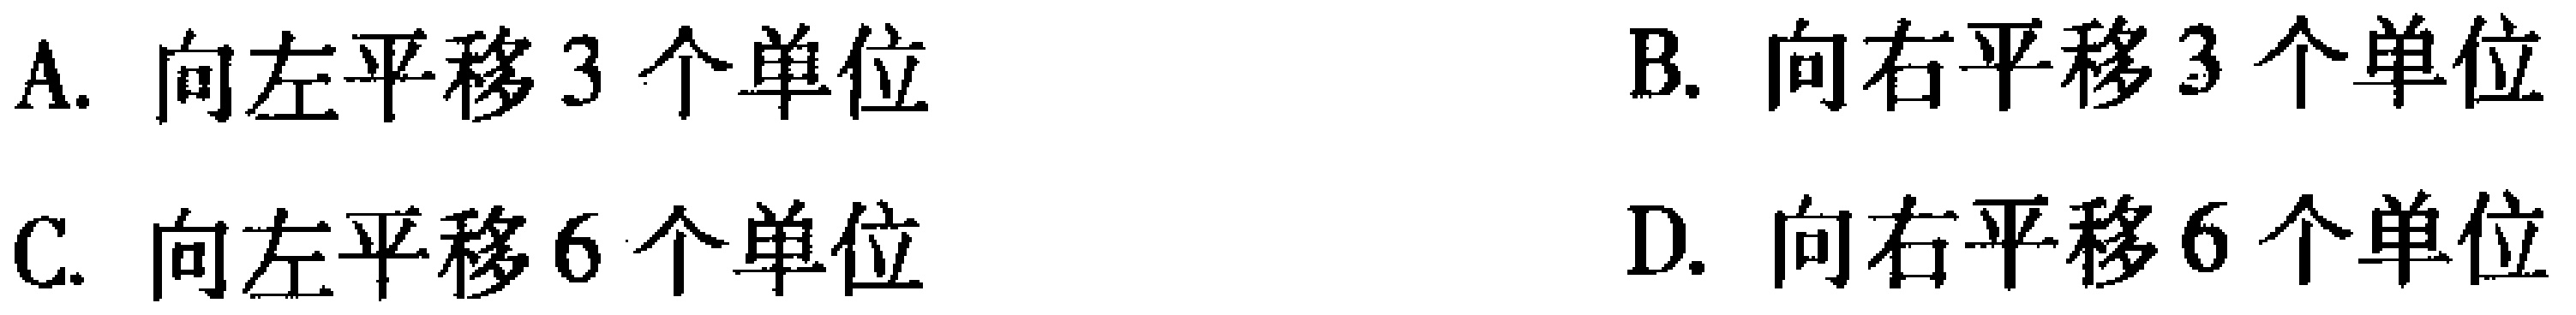
A. 向左平移3个单位

B. 向右平移3个单位

C. 向左平移6个单位

D. 向右平移6个单位